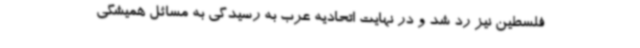
فلسطین نیز رد شد و در نهایت اتحادیه عرب به رسیدگی به مسائل همیشگی